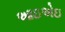
આઇએઇ